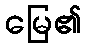
မြေ၏